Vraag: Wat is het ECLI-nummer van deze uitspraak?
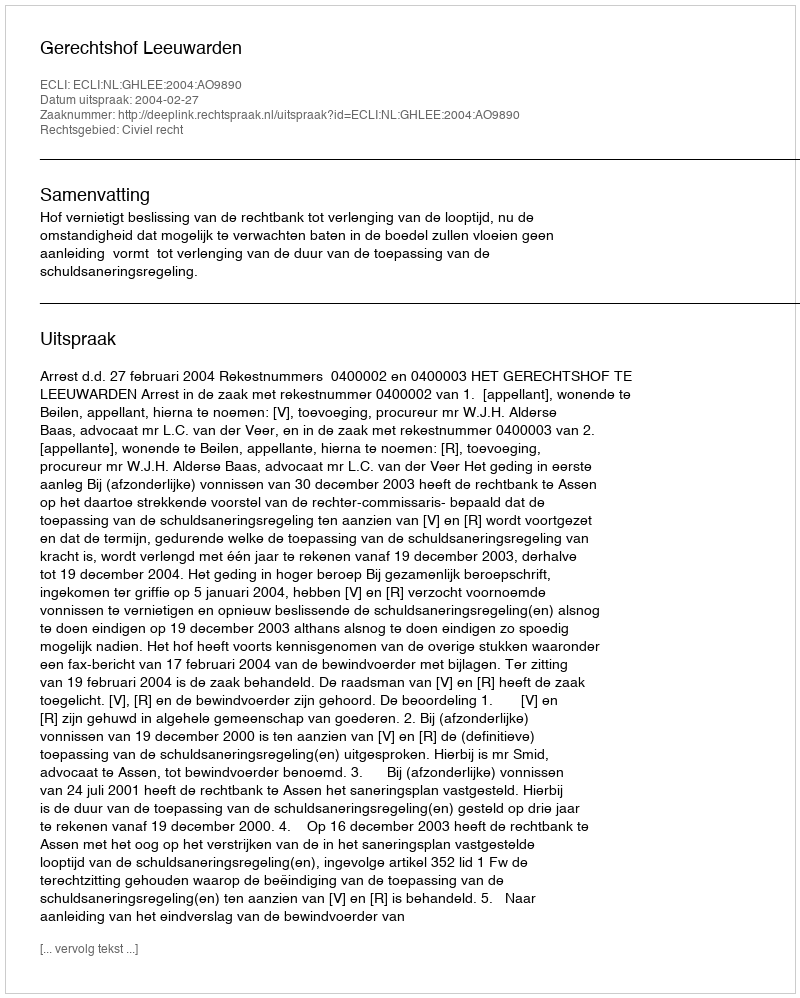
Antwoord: ECLI:NL:GHLEE:2004:AO9890